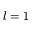
l = 1